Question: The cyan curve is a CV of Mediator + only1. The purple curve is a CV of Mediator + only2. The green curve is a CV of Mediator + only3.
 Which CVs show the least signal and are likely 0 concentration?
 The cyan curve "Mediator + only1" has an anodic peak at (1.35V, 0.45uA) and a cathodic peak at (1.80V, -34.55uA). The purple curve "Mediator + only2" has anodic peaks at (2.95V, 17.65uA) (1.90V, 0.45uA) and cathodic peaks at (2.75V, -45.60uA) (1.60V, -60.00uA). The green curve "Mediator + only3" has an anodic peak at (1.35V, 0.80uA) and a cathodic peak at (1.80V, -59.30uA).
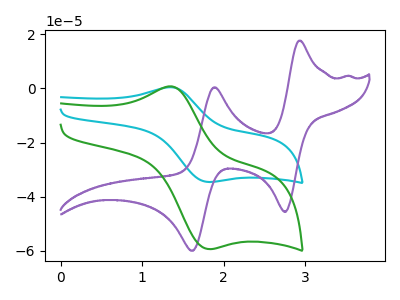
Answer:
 <answer>There are not any CV's on this graph that are likely to be blanks.</answer>
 <eval>none</eval>